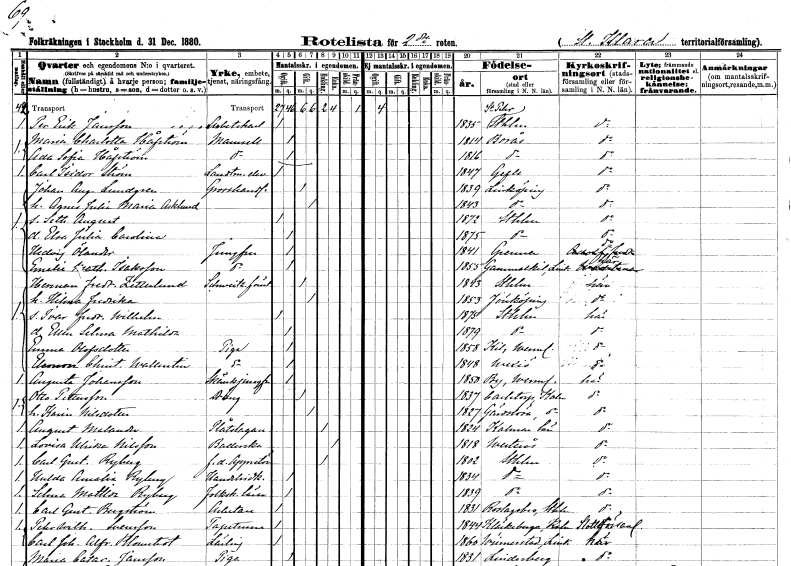
gt_parse: households: individuals: FN: Per Erik
EN: Jansson
YRKE: Arbetskarl
KON: M
CIV: O
FODAR: 1835
FODFORS: Sankt Per Sigtuna Stockholms län
FN: Maria Charlotta
EN: Håfström
KON: K
CIV: O
FODAR: 1814
FODFORS: Borås Älvsborgs län
FN: Ada Sofia
EN: Håfström
KON: K
CIV: O
FODAR: 1816
FODFORS: Borås Älvsborgs län
FN: Carl Isidor
EN: Ström
YRKE: Lantmäterielev
KON: M
CIV: O
FODAR: 1847
FODFORS: Gävle Gävleborgs län
FN: Johan August
EN: Lundgren
YRKE: Grosshandlare
KON: M
CIV: G
FODAR: 1839
FODFORS: Linköping Östergötlands län
FN: Agnes Julia Maria
EN: Asklund
KON: K
CIV: G
FODAR: 1843
FODFORS: Linköping Östergötlands län
FN: Seth August
KON: M
CIV: O
FODAR: 1872
FODFORS: Stockholm
FN: Elsa Julia Carolina
KON: K
CIV: O
FODAR: 1875
FODFORS: Stockholm
FN: Hedvig
EN: Ölander
YRKE: Jungfru
KON: K
CIV: O
FODAR: 1841
FODFORS: Gränna Jönköpings län
FN: Emelie Mathilda
EN: Isaksson
YRKE: Jungfru
KON: K
CIV: O
FODAR: 1855
FODFORS: Gammalkil Östergötlands län
FN: Herman Fredrik
EN: Zetterlund
YRKE: Schweitzeriföreståndare
KON: M
CIV: G
FODAR: 1843
FODFORS: Stockholm
FN: Hilma Fredrika
KON: K
CIV: G
FODAR: 1853
FODFORS: Jönköping Jönköpings län
FN: Ivar Fredrik Wilhelm
KON: M
CIV: O
FODAR: 1875
FODFORS: Stockholm
FN: Ellen Selma Mathilda
KON: K
CIV: O
FODAR: 1879
FODFORS: Stockholm
FN: Emma
EN: Olofsdotter
YRKE: Piga
KON: K
CIV: O
FODAR: 1858
FODFORS: Kil Värmlands län
FN: Eleonora Christina
EN: Wallentin
YRKE: Piga
KON: K
CIV: O
FODAR: 1848
FODFORS: Växjö Kronobergs län
FN: Augusta
EN: Johansson
YRKE: Skänkjungfru
KON: K
CIV: O
FODAR: 1850
FODFORS: By Värmlands län
FN: Otto
EN: Pettersson
YRKE: Dräng
KON: M
CIV: G
FODAR: 1837
FODFORS: Karlstorp Jönköpings län
FN: Karin
EN: Nilsdotter
KON: K
CIV: G
FODAR: 1827
FODFORS: Gärdslösa Kalmar län
FN: August
EN: Malander
YRKE: Plåtslagare
KON: M
CIV: E
FODAR: 1824
FODFORS: Kalmar län
FN: Lovisa Ulrika
EN: Nilsson
YRKE: Baderska
KON: K
CIV: E
FODAR: 1818
FODFORS: Västerås Västmanlands län
FN: Carl Gustaf
EN: Ryberg
YRKE: Appretör f.d.
KON: M
CIV: E
FODAR: 1802
FODFORS: Stockholm
FN: Hulda Amalia
EN: Ryberg
YRKE: Handelsidkerska
KON: K
CIV: O
FODAR: 1834
FODFORS: Stockholm
FN: Selma Mathilda
EN: Ryberg
YRKE: Folkskolelärarinna
KON: K
CIV: O
FODAR: 1839
FODFORS: Stockholm
FN: Carl Gustaf
EN: Bergström
YRKE: Arbetare
KON: M
CIV: O
FODAR: 1831
FODFORS: Roslags-Bro Stockholms län